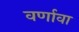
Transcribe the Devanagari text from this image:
वर्णावा